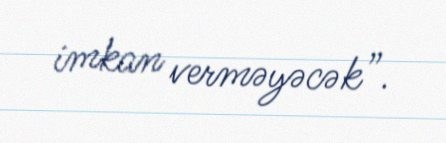
imkan verməyəcək”.